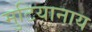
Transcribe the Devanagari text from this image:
मुटियानाय